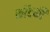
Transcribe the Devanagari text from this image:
कॉटकी